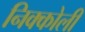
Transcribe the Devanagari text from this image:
निक्कोली